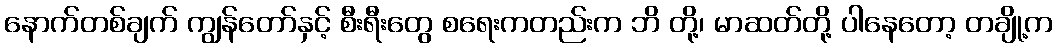
နောက်တစ်ချက် ကျွန်တော်နှင့် စီးရီးတွေ စရေးကတည်းက ဘိ တို့၊ မာဆတ်တို့ ပါနေတော့ တချို့က